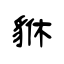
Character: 貅